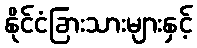
နိုင်ငံခြားသားများနှင့်